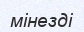
мінезді